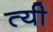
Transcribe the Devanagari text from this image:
त्यी